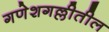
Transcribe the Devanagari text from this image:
गणेशगल्लीतील